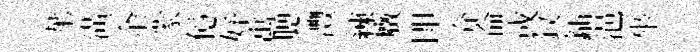
蕐潢余䝉億妤寓腮灃練癥卽介侖或釵鍤浥坐